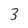
Character: 3